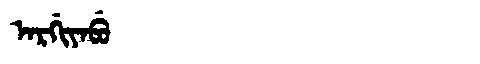
Manchu: ᠠᡵᡤᡳᠶᠠᠪᡠ
Romanization: ARGIYABU